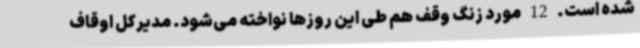
شده است. 12 مورد زنگ وقف هم طی این روزها نواخته می‌شود. مدیرکل اوقاف